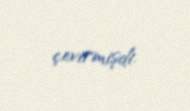
çevirmişdi.